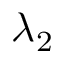
\lambda _ { 2 }